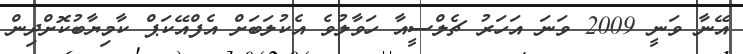
އޭނާ ވަނީ 2009 ވަނަ އަހަރު ޗެލްސީއާ ހަވާލުވެ އެކުލަބަށް އެފްއޭކަޕް ކާމިޔާބުކޮށްދިން